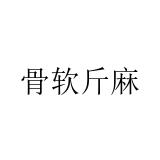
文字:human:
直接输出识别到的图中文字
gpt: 骨软斤麻